Civil Veterinary Dept. Bombay admin report 1932-41 - 1932-1941
Year: 1932
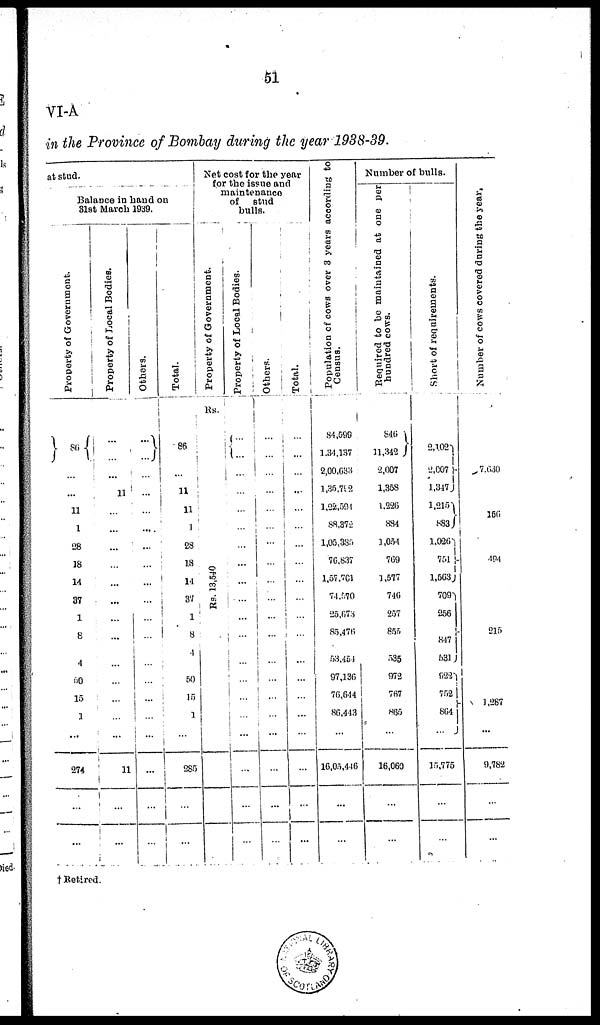
51
VI-A
in the Province of Bombay during the year1938-39.
at stud.
Balance in hand on
31st March 1939.
Property of Government.
86
...
...
11
1
28
18
14
37
1
8
4
50
15
1
...
274
...
...
Property of Local Bodies.
...
...
...
11
...
...
...
...
...
...
...
...
...
...
...
...
...
11
...
...
Others.
...
...
...
...
...
...
...
...
...
...
...
...
...
...
...
...
...
...
...
...
Total.
86
...
11
11
1
28
18
14
37
1
8
4
50
15
1
...
285
...
...
Net cost for the year
for the issue and
maintenance
of
stud
bulls.
Property of Government.
Rs.
Rs. 18,540
Property of Local Bodies.
...
...
...
...
...
...
...
...
...
...
...
...
...
...
...
...
...
...
...
...
Others.
...
...
...
...
...
...
...
...
...
...
...
...
...
...
...
...
...
...
...
...
Total.
...
...
...
...
...
...
...
...
...
...
...
...
...
...
...
...
...
...
...
...
Population of cows over 3 years according to
Census.
84,599
1,34,137
2,00,633
1,35,792
1,22,594
88,372
1,05,385
76,837
1,57,701
74.570
25,673
85,470
53,454
97,136
76,644
86,443
...
16,05,446
...
...
Number of bulls.
Required to he maintained at one per
hundr e d cows.
846
11,342 †
2,007
1,358
1,226
884
1,054
769
1 ,577
746
257
855
535
972
707
865
...
16,060
...
...
Short of requirements.
2,102
2,007
1,347
1,215
883
1,026
761
1,563
709
256
847
531
922
752
804
...
15,775
...
...
Nu mb e r of c ows c o v e r e d dur i
ng the year,
7,630
160
494
215
1,287
...
9,782
...
...
† Retired.